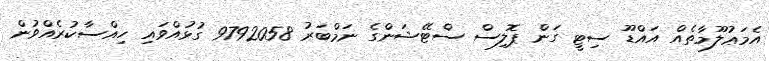
އެމަޢުލޫމާތެއް އައްޑޫ ސިޓީ ގަން ޕޮލިސް ސްޓޭޝަންގެ ނަމްބަރު 9792058 ގުޅުއްވައި ހިއްސާކުރެއްވުން